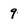
Character: 9